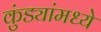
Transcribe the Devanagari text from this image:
कुंड्यांमध्ये